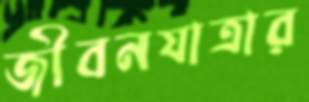
জীবনযাত্রার